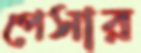
পেসার